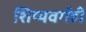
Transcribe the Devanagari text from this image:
शिष्यवर्गही